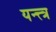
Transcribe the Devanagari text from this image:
यन्त्त्त्र